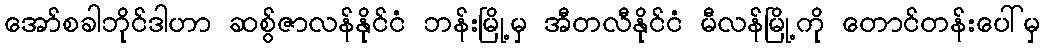
အော်စခါဘိုင်ဒါဟာ ဆစွ်ဇာလန်နိုင်ငံ ဘန်းမြို့မှ အီတလီနိုင်ငံ မီလန်မြို့ကို တောင်တန်းပေါ်မှ